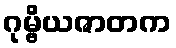
ဂုမ္ဗိယဇာတက